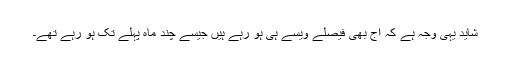
شاید یہی وجہ ہے کہ آج بھی فیصلے ویسے ہی ہو رہے ہیں جیسے چند ماہ پہلے تک ہو رہے تھے۔